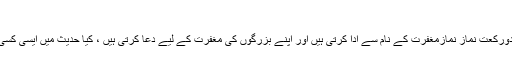
سوال # 168526
میری پھوپھی عموماً دورکعت نماز نمازمغفرت کے نام سے ادا کرتی ہیں اور اپنے بزرگوں کی مغفرت کے لیے دعا کرتی ہیں ، کیا حدیث میں ایسی کسی نماز کا ذکر ملتاہے؟